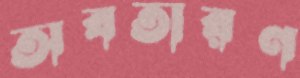
অবতারণ